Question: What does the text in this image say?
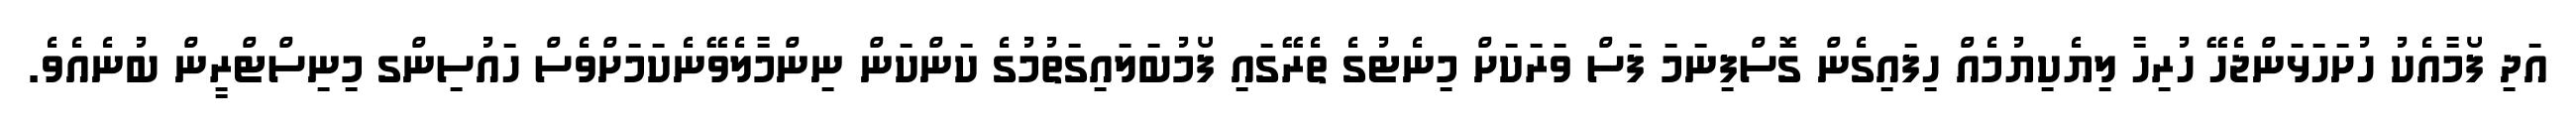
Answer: އަދި ފޯމާއެކު ހުށަހަޅަންޖެހޭ ހުރިހާ ލިޔެކިޔުމެއް ހިފައިގެން ގޮސްފިނަމަ ފަސް ވަރަކަށް މިނެޓުގެ ތެރޭގައި ފޯމުބަލައިގަތުމުގެ ކަންކަން ނިންމާލެވޭނެކަމަށްވެސް ހައުސިންގ މިނިސްޓްރީން ބުނެއެވެ.